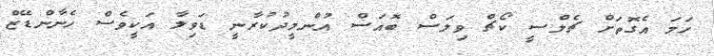
ހަމަ އެގޮތަށް ޗެލްސީ ކޯޗް ވިލަސް ބޮއަސް އުންމީދުކުރާނީ ޑަވިލާ އަކީވެސް ހެނާންޑޭޒް